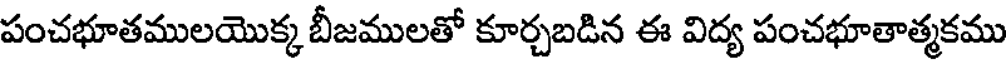
పంచభూతములయొక్క బీజములతో కూర్చబడిన ఈ విద్య పంచభూతాత్మకము